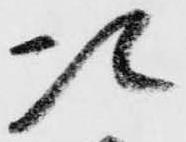
次